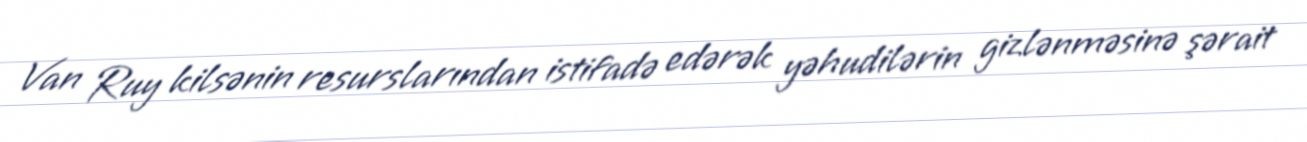
Van Ruy kilsənin resurslarından istifadə edərək yəhudilərin gizlənməsinə şərait